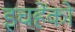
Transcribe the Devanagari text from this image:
इचहेंको